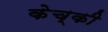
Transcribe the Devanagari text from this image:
केच्की